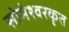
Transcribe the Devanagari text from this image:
सोमेश्वरकृत